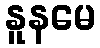
နူနမေ